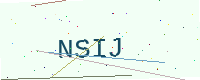
Text: NSIJ